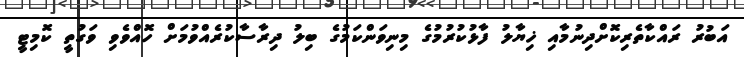
އަބުރު ރައްކާތެރިކޮށްދިނުމާއި ޚިޔާލު ފާޅުކުރުމުގެ މިނިވަންކަމުގެ ބިލު ދިރާސާކުރެއްވުމަށް ހޮއްވެވި ވަގުތީ ކޮމިޓީ